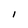
Character: I